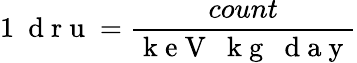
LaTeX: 1~\mathrm{~d~r~u~}=\frac{count}{\mathrm{~k~e~V~~~k~g~~~d~a~y~}}